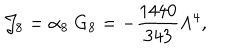
LaTeX: { \cal J } _ { 8 } = \alpha _ { 8 } ~ \mathrm { G } _ { 8 } = - \frac { 1 4 4 0 } { 3 4 3 } \Lambda ^ { 4 } ,